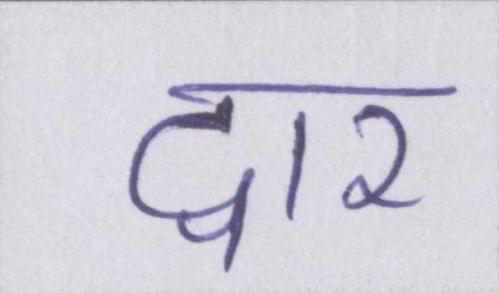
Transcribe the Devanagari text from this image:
द्वार